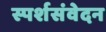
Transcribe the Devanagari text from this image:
स्पर्शसंवेदन